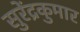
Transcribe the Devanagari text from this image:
सुरेंद्रकुमार